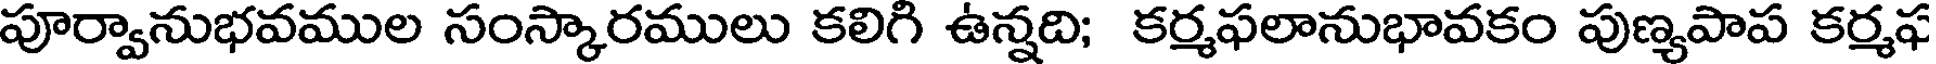
పూర్వానుభవముల సంస్కారములు కలిగి ఉన్నది; కర్మఫలానుభావకం పుణ్యపాప కర్మఫ